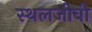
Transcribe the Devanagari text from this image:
स्थलजीवी